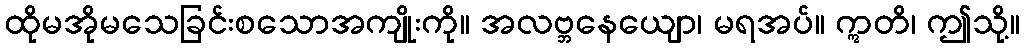
ထိုမအိုမသေခြင်းစသောအကျိုးကို။ အလဗ္ဘနေယျော၊ မရအပ်။ ဣတိ၊ ဤသို့။